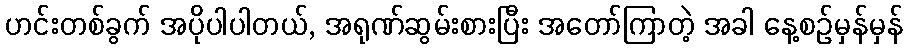
ဟင်းတစ်ခွက် အပိုပါပါတယ်, အရုဏ်ဆွမ်းစားပြီး အတော်ကြာတဲ့ အခါ နေ့စဉ်မှန်မှန်